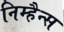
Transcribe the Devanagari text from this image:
निम्हैन्स